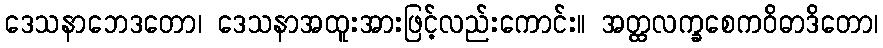
ဒေသနာဘေဒတော၊ ဒေသနာအထူးအားဖြင့်လည်းကောင်း။ အတ္ထလက္ခစေကဝိဓာဒိတော၊